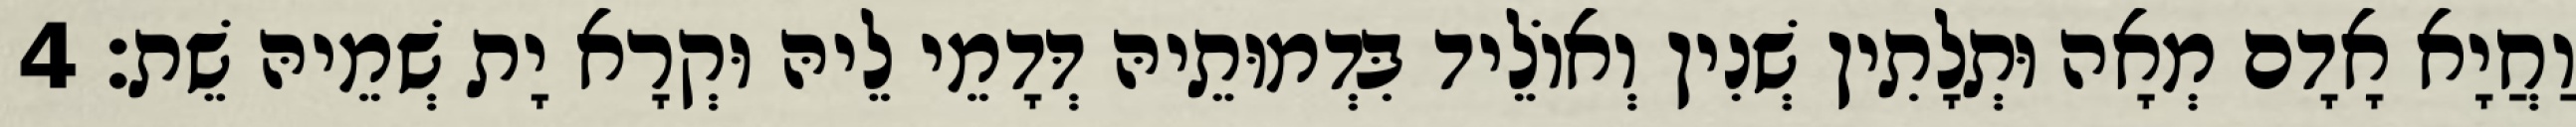
וַחֲיָא אָדָם מְאָה וּתְלָתִין שְׁנִין וְאוֹלֵיד בִּדְמוּתֵיהּ דְּדָמֵי לֵיהּ וּקְרָא יָת שְׁמֵיהּ שֵׁת׃ 4